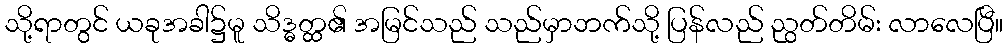
သို့ရာတွင် ယခုအခါ၌မူ သိဒ္ဓတ္ထ၏ အမြင်သည် သည်မှာဘက်သို့ ပြန်လည် ညွတ်တိမ်း လာလေပြီ။